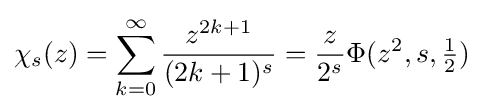
\chi _{s}(z)=\sum _{k=0}^{\infty }{\frac {z^{2k+1}}{(2k+1)^{s}}}={\frac {z}{2^{s}}}\Phi (z^{2},s,{\tfrac {1}{2}})